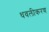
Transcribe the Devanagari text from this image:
धवलीकरण